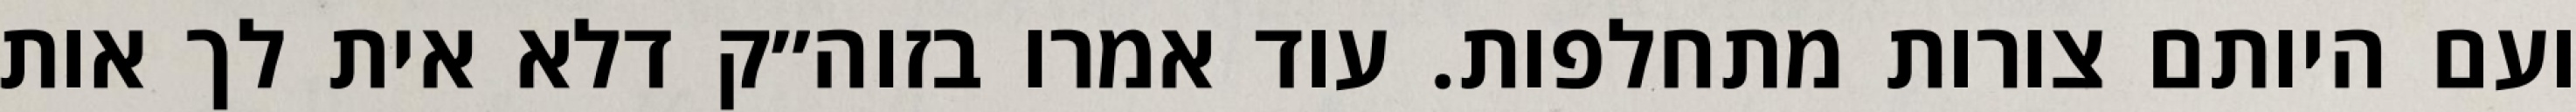
ועם היותם צורות מתחלפות. עוד אמרו בזוה״ק דלא אית לך אות